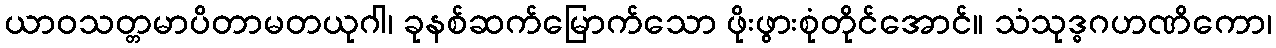
ယာဝသတ္တမာပိတာမတယုဂါ၊ ခုနစ်ဆက်မြောက်သော ဖိုးဖွားစုံတိုင်အောင်။ သံသုဒ္ဓဂဟဏိကော၊